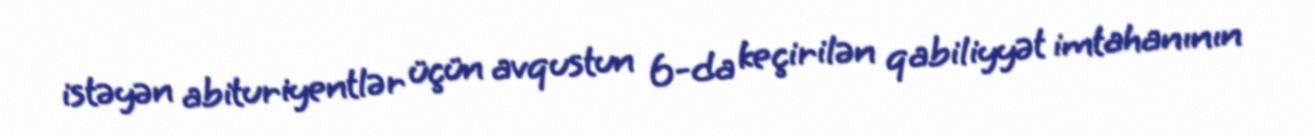
istəyən abituriyentlər üçün avqustun 6-da keçirilən qabiliyyət imtahanının